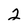
Character: 2